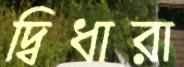
দ্বিধারা